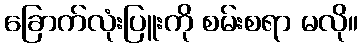
ခြောက်လုံးပြူးကို စမ်းစရာ မလို။